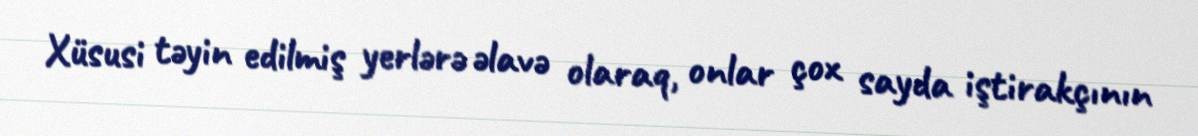
Xüsusi təyin edilmiş yerlərə əlavə olaraq, onlar çox sayda iştirakçının